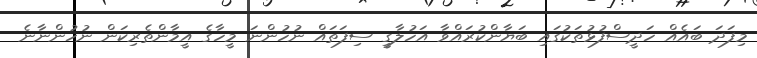
މިފަދަ ބައެއް ހަދީސްފުޅުތަކުގައި ބަޔާންކުރައްވާ އަހުލާގީ ސިފަތައް ނުހުންނަ މީހާގެ އީމާންތެރިކަން ނުހުންނާނެ